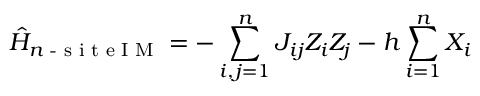
\hat { H } _ { n \textrm { - s i t e I M } } = - \sum _ { i , j = 1 } ^ { n } J _ { i j } Z _ { i } Z _ { j } - h \sum _ { i = 1 } ^ { n } X _ { i }